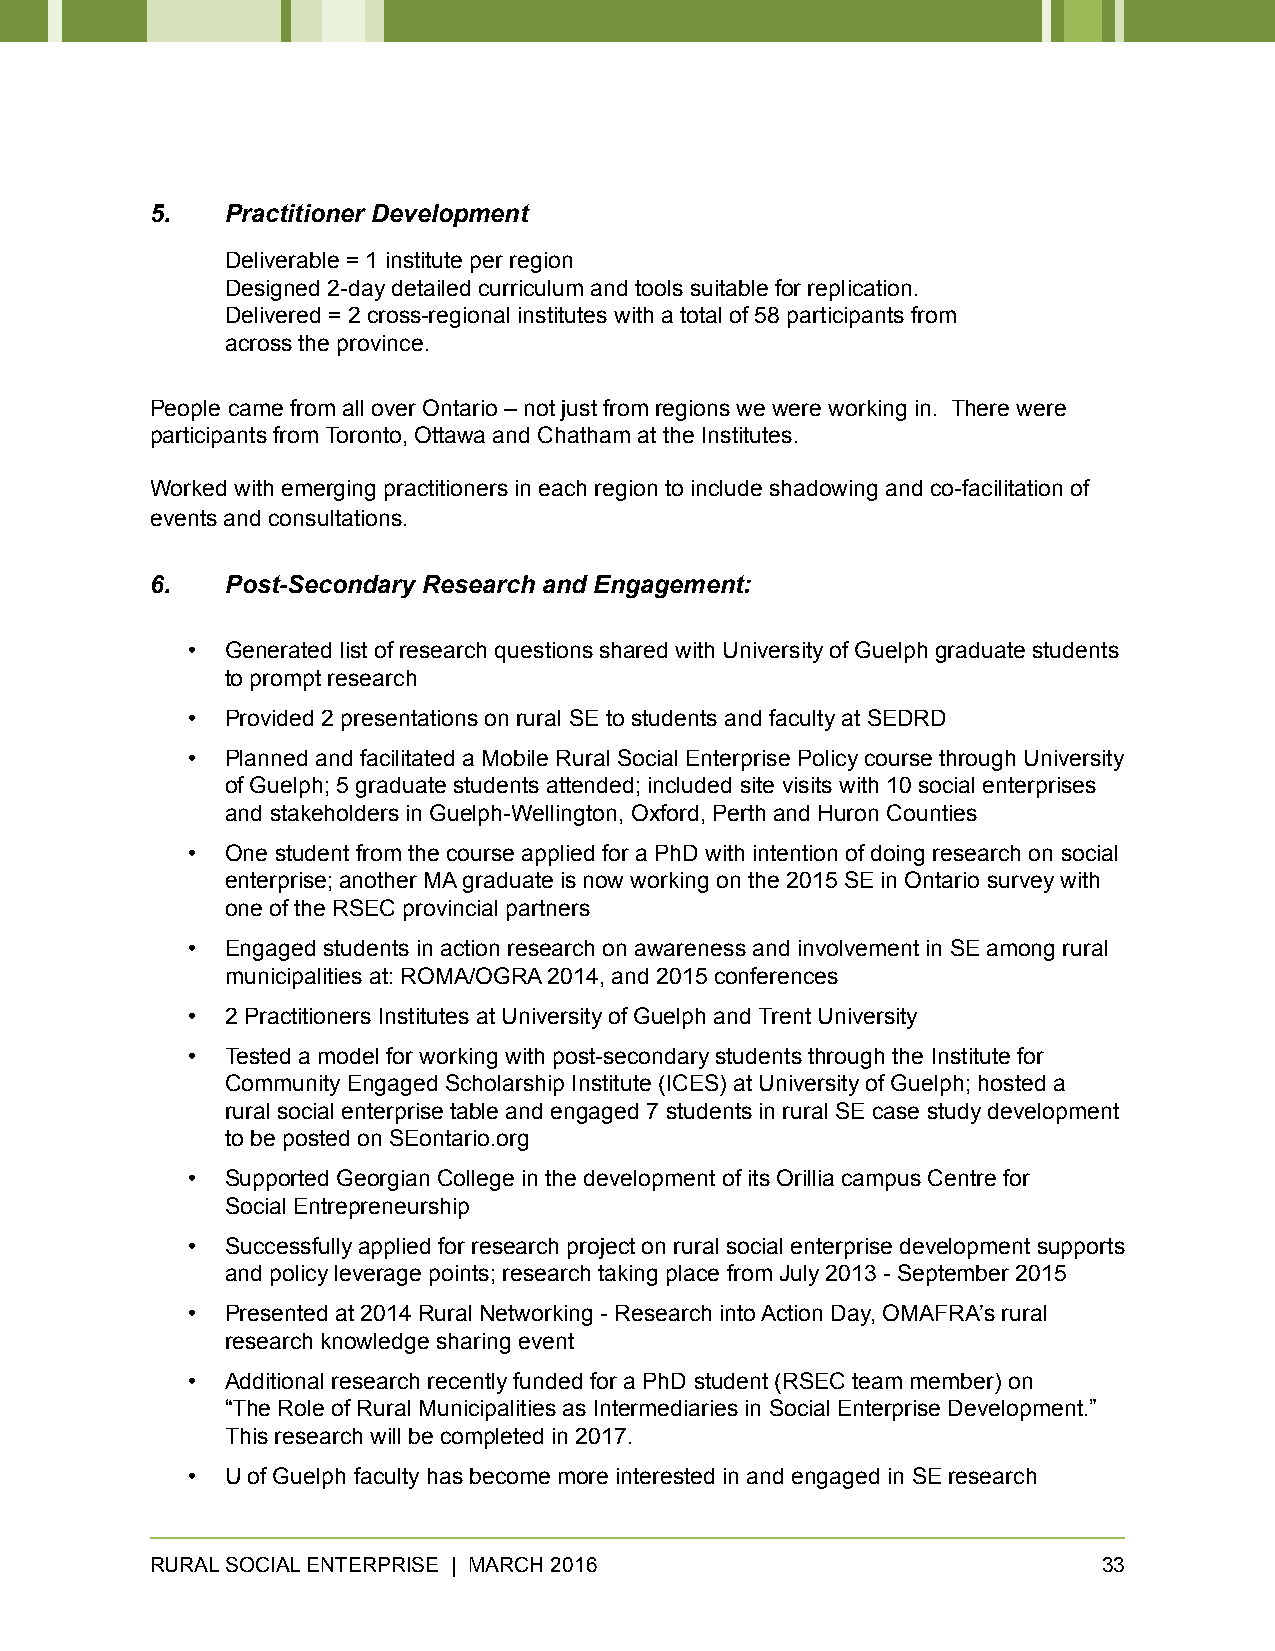
5.   Practitioner Development
 Deliverable = 1 institute per region
 Designed 2-day detailed curriculum and tools suitable for replication.
 Delivered = 2 cross-regional institutes with a total of 58 participants from
 across the province.
 People came from all over Ontario – not just from regions we were working in. There were
 participants from Toronto, Ottawa and Chatham at the Institutes.
 Worked with emerging practitioners in each region to include shadowing and co-facilitation of
 events and consultations.
 6.   Post-Secondary Research and Engagement:
 •  Generated list of research questions shared with University of Guelph graduate students
 to prompt research
 •  Provided 2 presentations on rural SE to students and faculty at SEDRD
 •  Planned and facilitated a Mobile Rural Social Enterprise Policy course through University
 of Guelph; 5 graduate students attended; included site visits with 10 social enterprises
 and stakeholders in Guelph-Wellington, Oxford, Perth and Huron Counties
 •  One student from the course applied for a PhD with intention of doing research on social
 enterprise; another MA graduate is now working on the 2015 SE in Ontario survey with
 one of the RSEC provincial partners
 •  Engaged students in action research on awareness and involvement in SE among rural
 municipalities at: ROMA/OGRA 2014, and 2015 conferences
 •  2 Practitioners Institutes at University of Guelph and Trent University
 •  Tested a model for working with post-secondary students through the Institute for
 Community Engaged Scholarship Institute (ICES) at University of Guelph; hosted a
 rural social enterprise table and engaged 7 students in rural SE case study development
 to be posted on SEontario.org
 •  Supported Georgian College in the development of its Orillia campus Centre for
 Social Entrepreneurship
 •  Successfully applied for research project on rural social enterprise development supports
 and policy leverage points; research taking place from July 2013 - September 2015
 •  Presented at 2014 Rural Networking - Research into Action Day, OMAFRA’s rural
 research knowledge sharing event
 •  Additional research recently funded for a PhD student (RSEC team member) on
 “The Role of Rural Municipalities as Intermediaries in Social Enterprise Development.”
 This research will be completed in 2017.
 •  U of Guelph faculty has become more interested in and engaged in SE research
 RURAL SOCIAL ENTERPRISE | MARCH 2016                           33